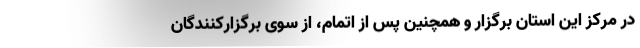
در مرکز این استان برگزار و همچنین پس از اتمام، از سوی برگزارکنندگان